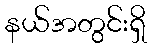
နယ်အတွင်းရှိ